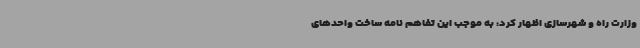
وزارت راه و شهرسازی اظهار کرد: به موجب این تفاهم نامه ساخت واحدهای